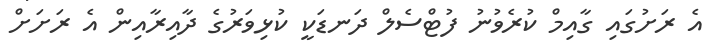
އެ ރަށުގައި ގާއިމް ކުރެވުނު ފުޓްސެލް ދަނޑަކީ ކުޅިވަރުގެ ދާއިރާއިން އެ ރަށަށް